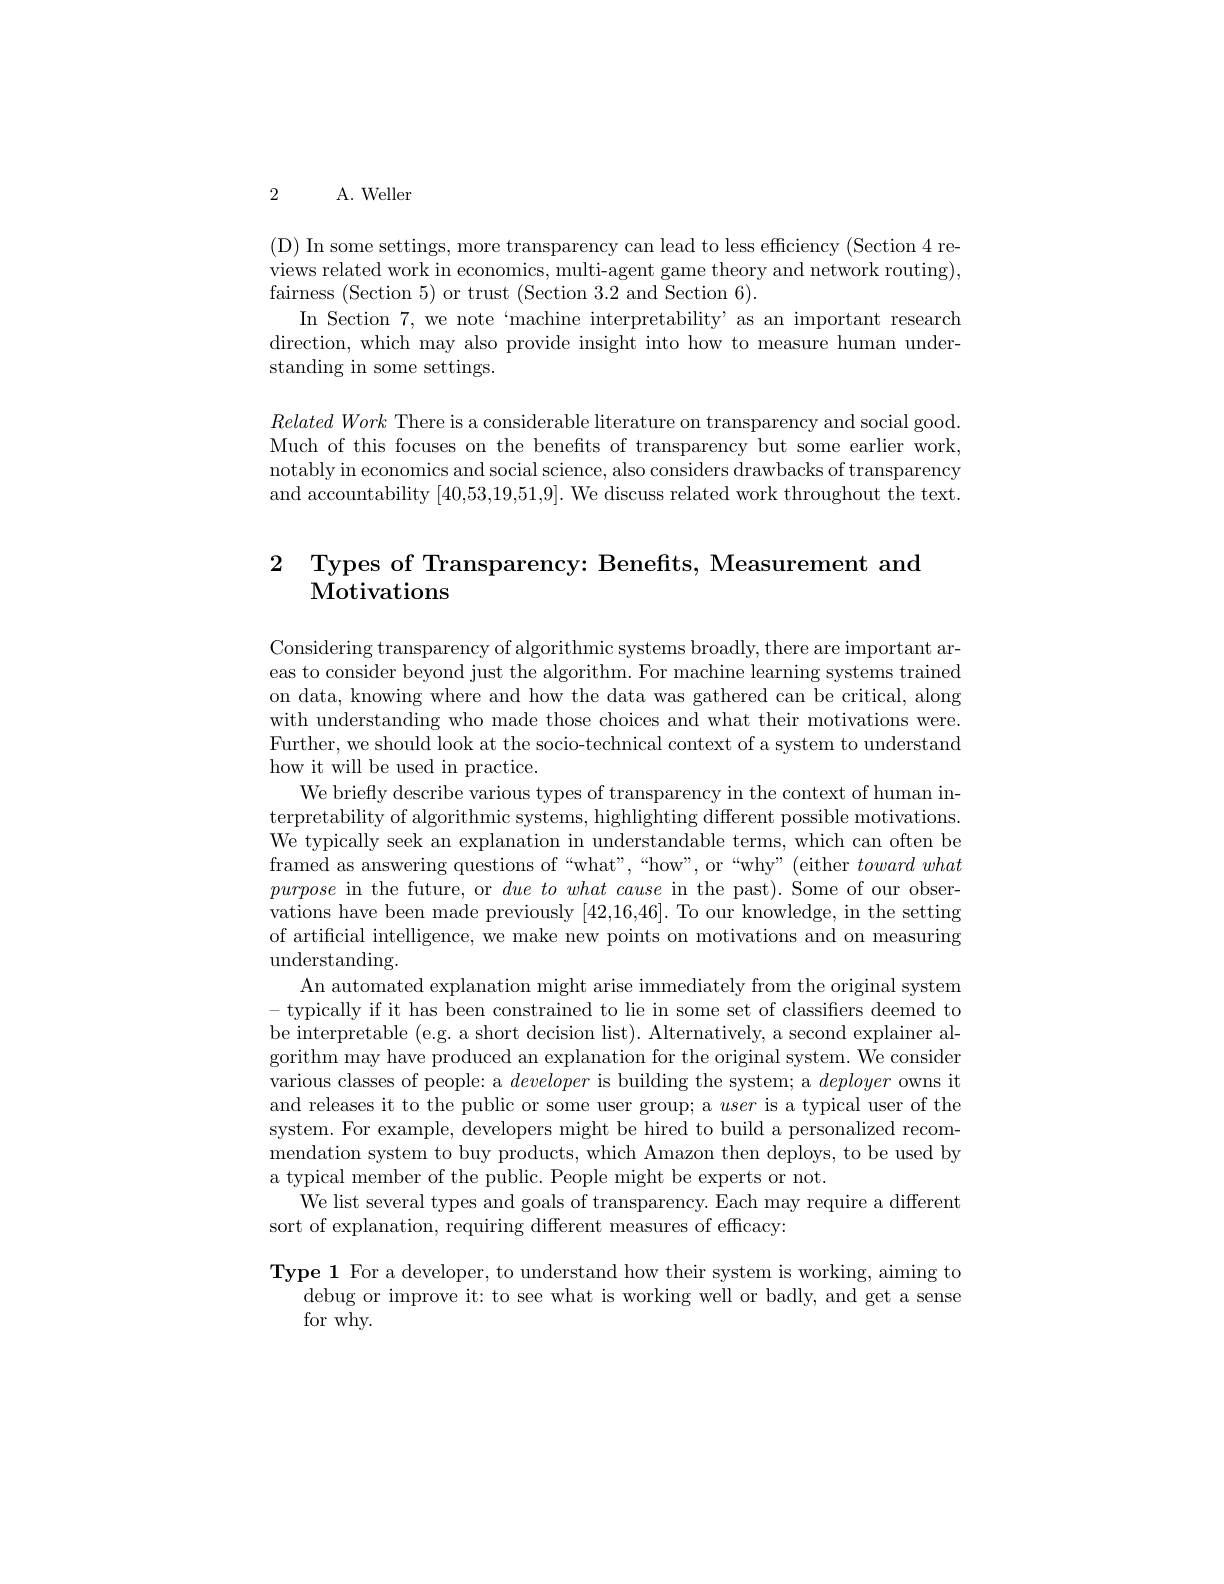
2 A. Weller

( D) In some settings, more transparency can lead to less efficiency ( Section 4 re- 1 views related work in economics, multi-agent game theory and network routing), fairness (Section 5) or trust (Section 3.2 and Section 6).
In Section 7, we note `machine interpretability'as an important research direction, which may also provide insight into how to measure human understanding in some settings.

$Related~Work~$There is a considerable literature on transparency and social good Much of this focuses on the benefits of transparency but some earlier work, notably in economics and social science, also considers drawbacks of transparency and accountability [40,53,19,51,9]. We discuss related work throughout the text.

# $\begin{array}{ll}2&\text{Types of Transparency: Benefits, Measurement and}\\&\text{Motivations}\end{array}$

Considering transparency of algorithmic systems broadly, there are important areas to consider beyond just the algorithm. For machine learning systems trained on data, knowing where and how the data was gathered can be critical, along with understanding who made those choices and what their motivations were. Further, we should look at the socio-technical context of a system to understand how it will be used in practice.
We briefly describe various types of transparency in the context of human interpretability of algorithmic systems, highlighting different possible motivations. We typically seek an explanation in understandable terms, which can often be framed as answering questions of“what”,“how”, or“why”(either towardwhat purpose in the future, or $due\textit{towhat cause in the past}) .$ Some of our observations have been made previously [42,16,46]. To our knowledge, in the setting of artificial intelligence, we make new points on motivations and on measuring understanding.
An automated explanation might arise immediately from the original system - typically if it has been constrained to lie in some set of classifiers deemed to be interpretable (e.g. a short decision list). Alternatively, a second explainer algorithm may have produced an explanation for the original system. We consider various classes of people: a developer is building the system; a deployer owns it and releases it to the public or some user group; a user is a typical user of the system. For example, developers might be hired to build a personalized recommendation system to buy products, which Amazon then deploys, to be used by a typical member of the public. People might be experts or not.
We list several types and goals of transparency. Each may require a different
sort of explanation, requiring different measures of efficacy:
Type 1 For a developer, to understand how their system is working, aiming to

debug or improve it: to see what is working well or badly, and get a sense
for why.